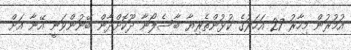
އުމުރުން މިހާރު 27 އަހަރުގެ ކުޅުންތެރިޔާ ބާސެލޯނާ ދޫކޮށްދާން ބޭނުންވަނީ އޭނާ އަށް